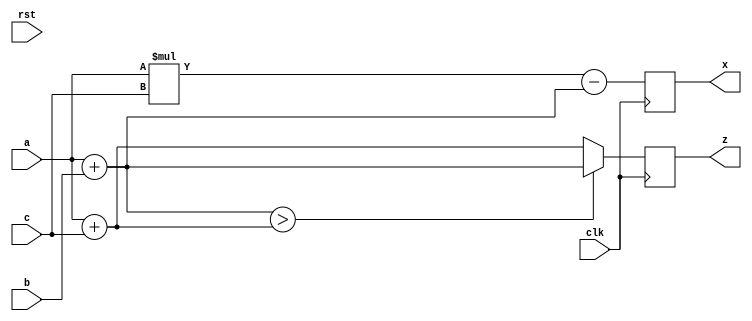
`timescale 1ns/1ns

module circuit1_behav(a,b,c,z,x,clk,rst);

    input             clk, rst;
    input      [ 7:0] a, b, c;
    output reg [ 7:0] z;
    output reg [15:0] x;
    wire       [ 7:0] d, e;
    wire       [15:0] f, g;
    wire       [15:0] xwire;

    assign d = a + b;
    assign e = a + c;
    assign g = d > e;
    always @(posedge clk) z = g ? d : e;
    assign f = a * c;
    assign xwire = f - d;
    always @(posedge clk) x = xwire;

endmodule